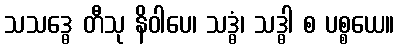
သသဒ္ဓေ တီသု နိဝါပေ၊ သဒ္ဓံ၊ သဒ္ဓါ စ ပစ္စယေ။